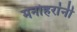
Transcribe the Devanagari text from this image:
मनोहरांनी